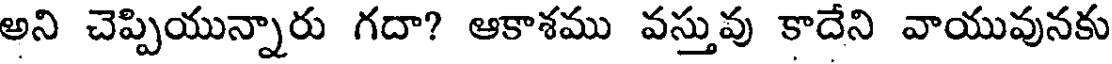
అని చెప్పియున్నారు గదా? ఆకాశము వస్తువు కాదేని వాయువునకు